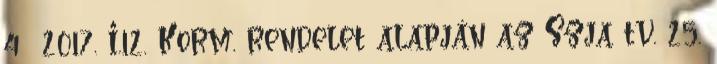
4 2017. I.12. Korm. rendelet alapján az Szja tv. 25.